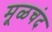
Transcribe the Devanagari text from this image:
मूळचंद